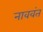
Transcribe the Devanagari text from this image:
नाववंत